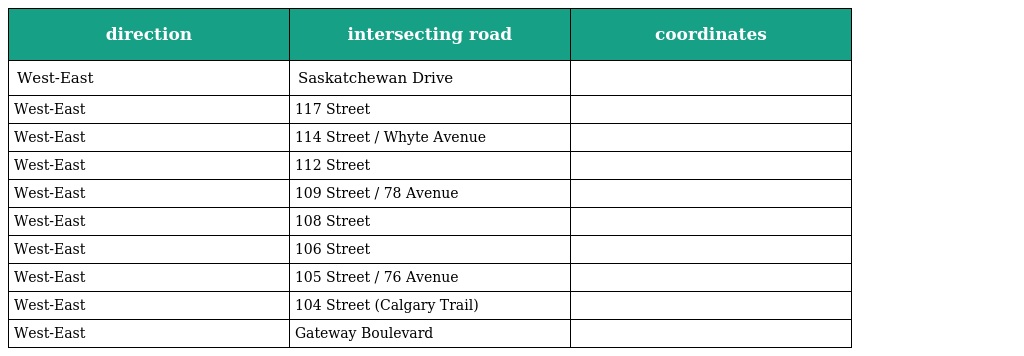
| direction | intersecting road | coordinates |
 | --- | --- | --- |
 | West-East | Saskatchewan Drive |  |
 | West-East | 117 Street |  |
 | West-East | 114 Street / Whyte Avenue |  |
 | West-East | 112 Street |  |
 | West-East | 109 Street / 78 Avenue |  |
 | West-East | 108 Street |  |
 | West-East | 106 Street |  |
 | West-East | 105 Street / 76 Avenue |  |
 | West-East | 104 Street (Calgary Trail) |  |
 | West-East | Gateway Boulevard |  |